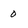
Character: 0